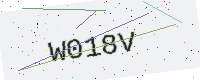
Text: W018V